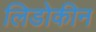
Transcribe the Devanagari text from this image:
लिडोकीन